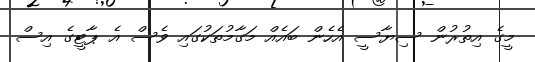
މީގެ އިތުރުން ސިޔާސީ އެހެން ބައެއް މަގާމުތަކުގައި ވެސް އެ ޕާޓީގެ އިސް